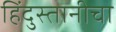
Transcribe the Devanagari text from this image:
हिंदुस्तानीचा